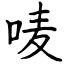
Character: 唛